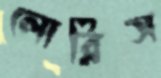
লোরিস